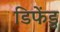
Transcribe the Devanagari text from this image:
डिफेंडु